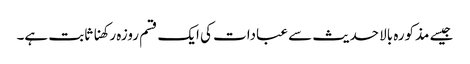
جیسے مذکورہ بالا حدیث سے عبادات کی ایک قسم روزہ رکھنا ثابت ہے۔